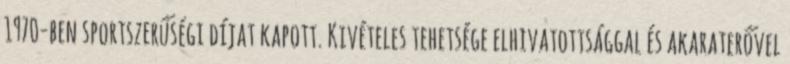
1970-ben sportszerűségi díjat kapott. Kivételes tehetsége elhivatottsággal és akaraterővel